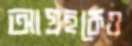
আগ্রহকেও